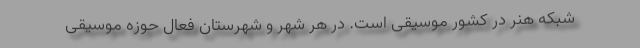
شبکه هنر در کشور موسیقی است. در هر شهر و شهرستان فعال حوزه موسیقی